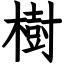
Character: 樹